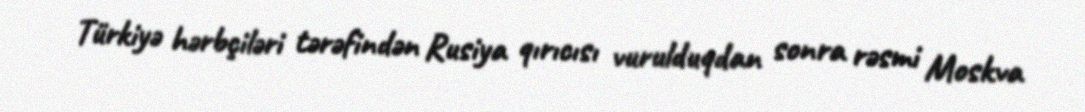
Türkiyə hərbçiləri tərəfindən Rusiya qırıcısı vurulduqdan sonra rəsmi Moskva